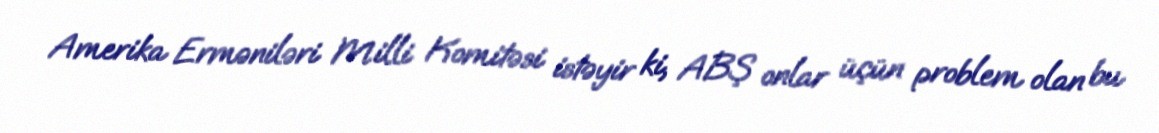
Amerika Erməniləri Milli Komitəsi istəyir ki, ABŞ onlar üçün problem olan bu